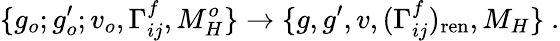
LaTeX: \{ g_{o};g_{o}^{\prime};v_{o},\Gamma_{ij}^{f},M_{H}^{o}\} \to\{ g,g^{\prime},v,(\Gamma_{ij}^{f})_{\mathrm{ren}},M_{H}\} ~.